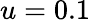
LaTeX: u=0.1